Report of the Indian Hemp Drugs Commission, 1894-1895 - Volume III
Year: 1894
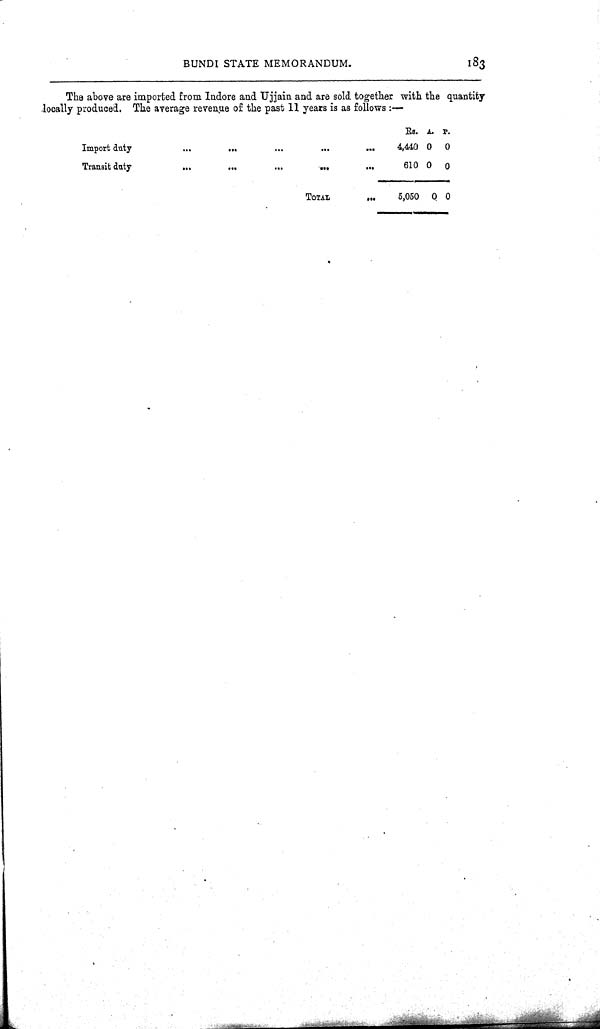
BUNDI STATE MEMORANDUM.
183
The above are imported from Indore and Ujjain and are sold together with the quantity
locally produced. The average revenue of the past 11 years is as follows:—
Rs. A. P.
Import duty
4,440 0 0
Transit duty
610 0 0
TOTAL
5,050 0
0